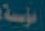
مؤسسة